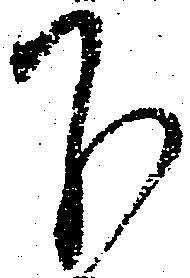
下